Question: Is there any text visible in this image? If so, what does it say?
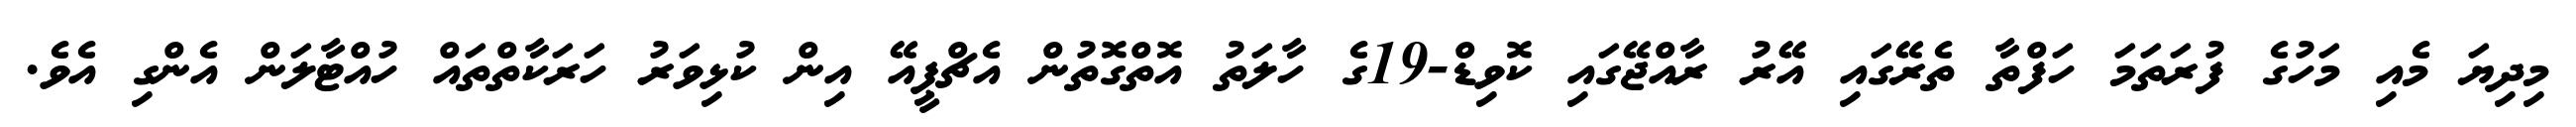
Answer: މިދިޔަ މެއި މަހުގެ ފުރަތަމަ ހަފްތާ ތެރޭގައި އޭރު ރާއްޖޭގައި ކޮވިޑް-19ގެ ހާލަތު އޮތްގޮތުން އެޗްޕީއޭ އިން ކުޅިވަރު ހަރަކާތްތައް ހުއްޓާލަން އެންގި އެވެ.